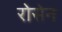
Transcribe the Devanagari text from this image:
रोसेन